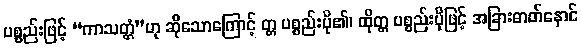
ပစ္စည်းဖြင့် “ကာသတ္တံ”ဟု ဆိုသောကြောင့် တ္တ ပစ္စည်းပို၏၊ ထိုတ္တ ပစ္စည်းပိုဖြင့် အခြားဓာတ်နောင်